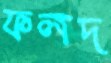
ফলদ